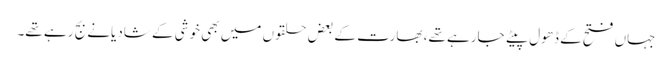
جہاں فتح کے ڈھول پیٹے جارہے تھے، بھارت کے بعض حلقوں میں بھی خوشی کے شادیانے بج رہے تھے۔